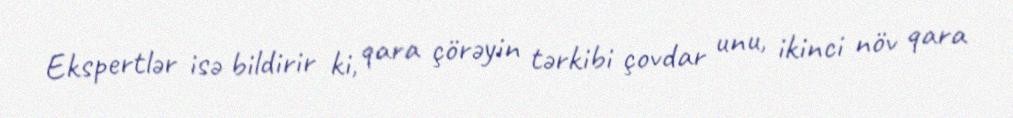
Ekspertlər isə bildirir ki, qara çörəyin tərkibi çovdar unu, ikinci növ qara